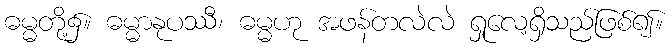
ဓမ္မတို့၌။ ဓမ္မာနုပဿီ၊ ဓမ္မဟု အဖန်တလဲလဲ ရှုလေ့ရှိသည်ဖြစ်၍။